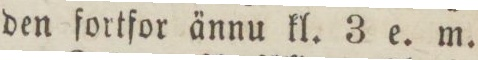
den fortfor ännu kl. 3 e. m.